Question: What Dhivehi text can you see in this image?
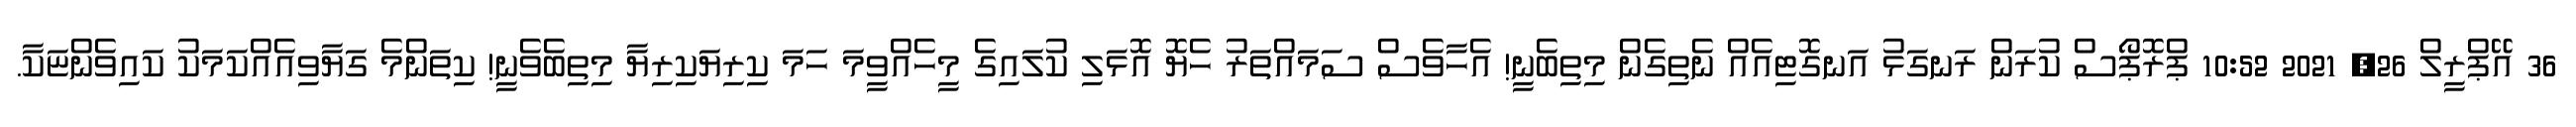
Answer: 36 އޭޕްރީލް 26, 2021 10:52 ޕްރޮޕޯސް ކުރަން ރަނގަޅު އަނގޮޓިއެއް ނެތިގެން މިތިބެނީ! އެހާވެސް ސަމައްތަރު ހެޔޮ އޮޅަލި ކުލައިގެ މީހެއްވީމަ ހަމަ ކިރިޔަކިރިޔާ މިތިބެވެނީ! ކިތަންމެ ގަޔާވިއެއްކަމަކު ކައިވެންޏަކާ.